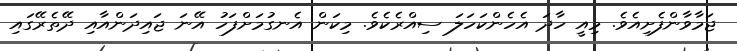
ޖަމާވާންފެށިއެވެ. މިއީ ހާދަ އެހެންކަހަލަ ސިއްރެކެވެ. މިކަން އެނގުމަށްފަހު އޭނަ ޖައިދަންއާއި ދޭތެރޭގައި